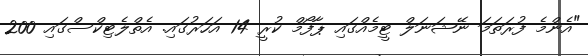
"އެންމެ ފުރަތަމަ ނޭޝަނަލް ޓީމެއްގައި ޕާފޯމް ކުރީ 14 އަހަރުގައި. އެތްލެޓިކްސްގައި 200